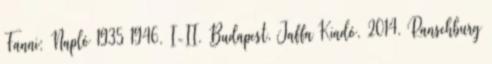
Fanni: Napló 1935–1946. I-II. Budapest, Jaffa Kiadó, 2014. Ranschburg